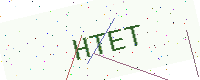
Text: HTET